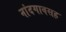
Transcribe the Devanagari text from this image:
नांदगावसह